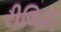
રીલિઝ